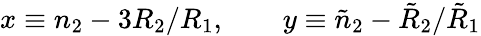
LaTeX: x\equiv n_{2}-3R_{2}/R_{1},\qquad y\equiv\tilde{n}_{2}-\tilde{R}_{2}/\tilde{R}_{1}